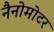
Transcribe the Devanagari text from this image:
नैनोमोटर